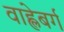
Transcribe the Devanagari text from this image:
वाह्लेबर्ग